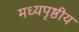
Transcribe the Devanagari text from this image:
मध्यपृष्ठीय